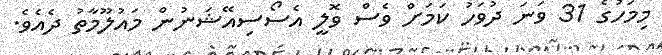
މިމަހުގެ 31 ވަނަ ދުވަހު ކަމަށް ވެސް ވޮލީ އެސޯސިއޭޝަނުން މައުލޫމާތު ދެއެވެ.